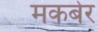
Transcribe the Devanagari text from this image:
मकबेर